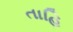
તાહિ